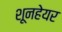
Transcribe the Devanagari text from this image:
शूनहेयर